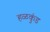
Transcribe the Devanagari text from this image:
हळकुंड